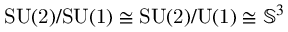
\mathrm { S U ( 2 ) / S U ( 1 ) } \cong \mathrm { S U ( 2 ) / U ( 1 ) } \cong { \mathbb S } ^ { 3 }